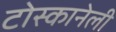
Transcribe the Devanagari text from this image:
टोस्कानेली